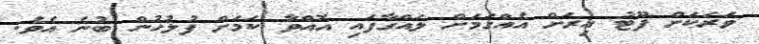
ވަރަކަށް ފޫޓު އިރަށް އެއްގަމަށް ލައްގާފައި އޮއްވާ ކަމަށް ފުލުހުން ބުނެ އެވެ.